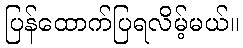
ပြန်ထောက်ပြရလိမ့်မယ်။